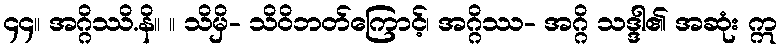
၄၄။ အဂ္ဂိဿိ.နိ။ ။ သိမှိ- သိဝိဘတ်ကြောင့်၊ အဂ္ဂိဿ- အဂ္ဂိ သဒ္ဒါ၏ အဆုံး ဣ